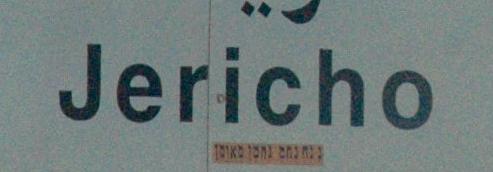
jericho